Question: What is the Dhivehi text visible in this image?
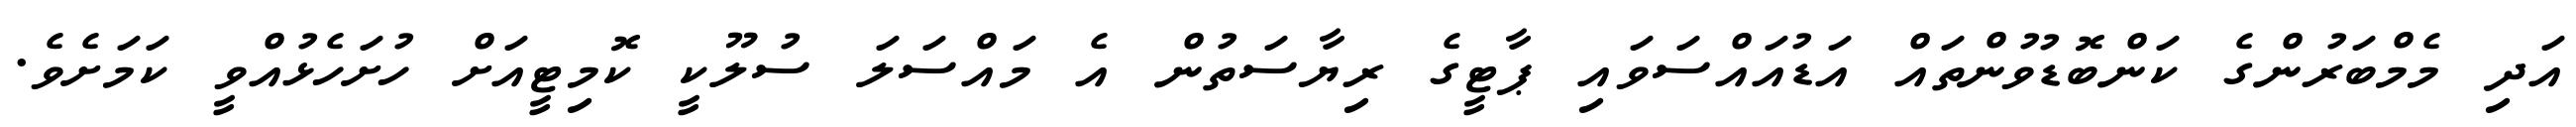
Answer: އަދި މެމްބަރުންގެ ކަންބޮޑުވުންތައް އަޑުއައްސަވައި ޕާޓީގެ ރިޔާސަތުން އެ މައްސަލަ ސުލޫކީ ކޮމިޓީއަށް ހުށަހެޅުއްވީ ކަމަށެވެ.